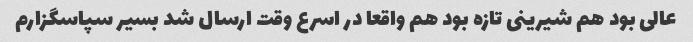
عالی بود هم شیرینی تازه بود هم واقعا در اسرع وقت ارسال شد بسیر سپاسگزارم